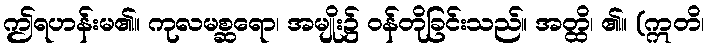
ဤရဟန်းမ၏။ ကုလမစ္ဆရော၊ အမျိုး၌ ဝန်တိုခြင်းသည်။ အတ္ထိ၊ ၏။ (ဣတိ၊